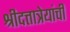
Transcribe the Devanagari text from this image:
श्रीदत्तात्रेयांची